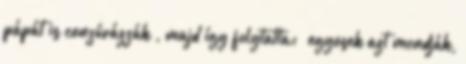
pápát is cenzúrázzák”, majd így folytatta: „egyesek azt mondják,